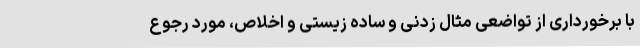
با برخورداری از تواضعی مثال زدنی و ساده زیستی و اخلاص، مورد رجوع